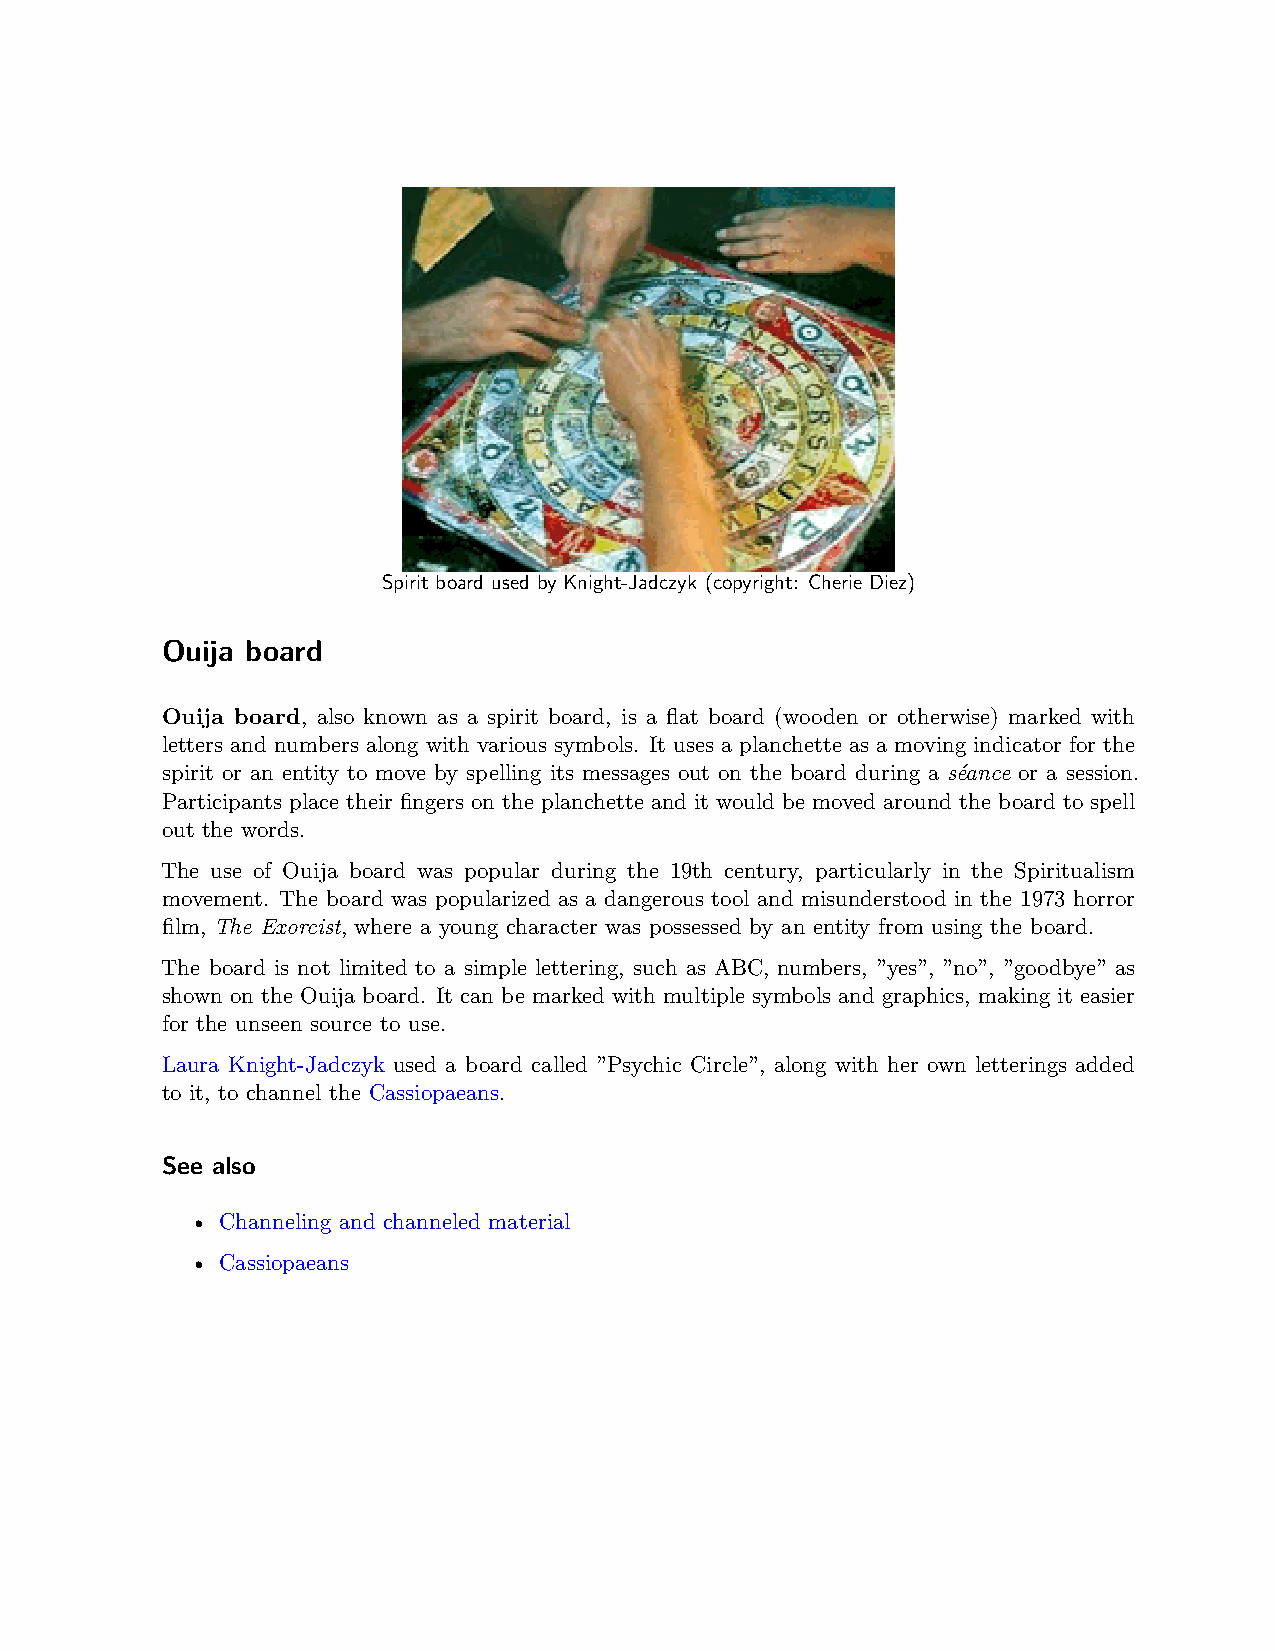
Spirit board used by Knight-Jadczyk (copyright: Cherie Diez)
 Ouija board
 Ouija board, also known as a spirit board, is a flat board (wooden or otherwise) marked with
 letters and numbers along with various symbols. It uses a planchette as a moving indicator for the
 spirit or an entity to move by spelling its messages out on the board during a séance or a session.
 Participants place their fingers on the planchette and it would be moved around the board to spell
 out the words.
 The use of Ouija board was popular during the 19th century, particularly in the Spiritualism
 movement. The board was popularized as a dangerous tool and misunderstood in the 1973 horror
 film, The Exorcist, where a young character was possessed by an entity from using the board.
 The board is not limited to a simple lettering, such as ABC, numbers, ”yes”, ”no”, ”goodbye” as
 shown on the Ouija board. It can be marked with multiple symbols and graphics, making it easier
 for the unseen source to use.
 Laura Knight-Jadczyk used a board called ”Psychic Circle”, along with her own letterings added
 to it, to channel the Cassiopaeans.
 See also
 • Channeling and channeled material
 • Cassiopaeans